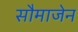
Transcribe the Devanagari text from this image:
सौमाजेन